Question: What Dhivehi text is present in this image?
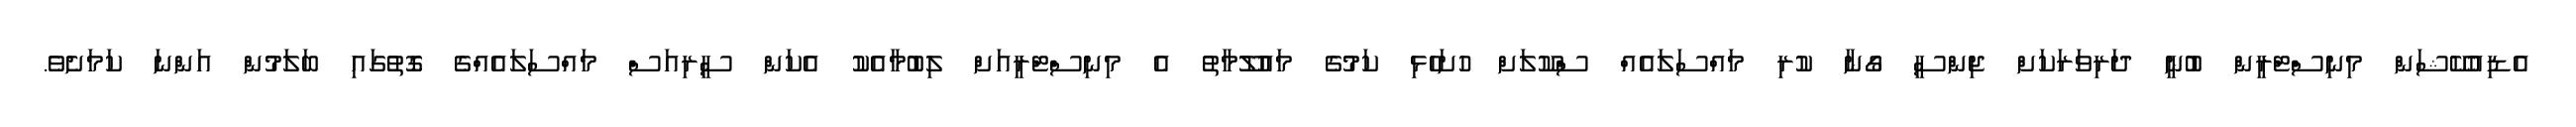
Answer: އެޑިއުކޭޝަން މިނިސްޓްރީން ބުނީ ދަރިވަރަކަށް ޖިންސީ ގޯނާ ކުރި މައްސަލައެއް ސްކޫލަށް ހުށަހެޅި ކަމުގެ މައުލޫމާތު އެ މިނިސްޓްރީއަށް ލިބުމާއެކު އެކަން ސީރިއަސް މައްސަލައެއްގެ ގޮތުގައި ބަލަމުން އަންނަ ކަމަށެވެ.